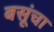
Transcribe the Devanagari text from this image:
बसूंचा